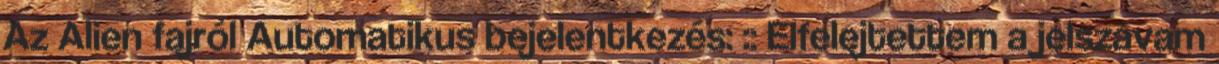
Az Alien fajról Automatikus bejelentkezés: :: Elfelejtettem a jelszavam